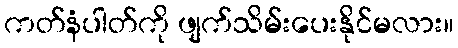
ကတ်နံပါတ်ကို ဖျက်သိမ်းပေးနိုင်မလား။